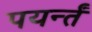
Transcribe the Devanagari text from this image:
पयर्न्तं